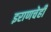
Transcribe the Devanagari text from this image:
इराणचेही